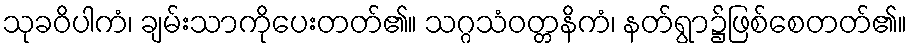
သုခဝိပါကံ၊ ချမ်းသာကိုပေးတတ်၏။ သဂ္ဂသံဝတ္တနိကံ၊ နတ်ရွာ၌ဖြစ်စေတတ်၏။